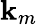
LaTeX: \mathbf{k}_{m}